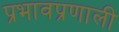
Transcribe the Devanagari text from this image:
प्रभावप्रणाली